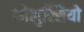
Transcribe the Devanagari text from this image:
कोलुक्सियो